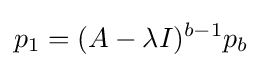
p_{1}=(A-\lambda I)^{b-1}p_{b}